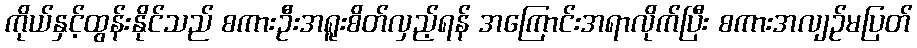
ကိုယ်နှင့်ထွန်းနိုင်သည် စကားဦးအရူးစိတ်လှည့်ရန် အကြောင်းအရာလိုက်ပြီး စကားအလျဉ်မပြတ်